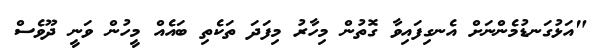
"އަޅުގަނޑުމެންނަށް އެނގިފައިވާ ގޮތުން މިހާރު މިފަދަ ތަކެތި ބައެއް މީހުން ވަނީ ދޫވެސް